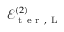
\mathcal { E } _ { \mathrm { ~ t ~ e ~ r ~ } , \mathrm { ~ L ~ } } ^ { ( 2 ) }